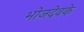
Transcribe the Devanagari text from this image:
भोजदेवके